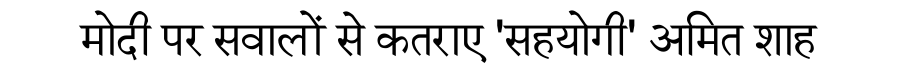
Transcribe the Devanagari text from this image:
मोदी पर सवालों से कतराए 'सहयोगी' अमित शाह